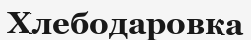
Хлебодаровка